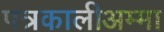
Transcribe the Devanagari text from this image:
पत्रकालीअम्मा